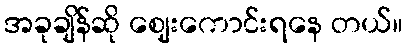
အခုချိန်ဆို ဈေးကောင်းရနေ တယ်။